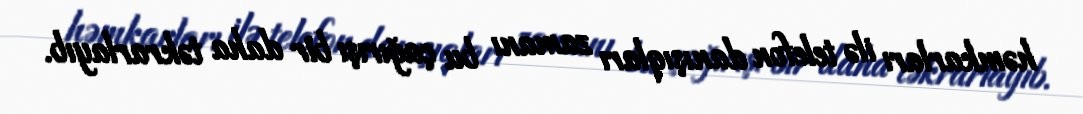
həmkarları ilə telefon danışıqları zamanı bu çağırışı bir daha təkrarlayıb.